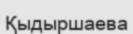
Қыдыршаева